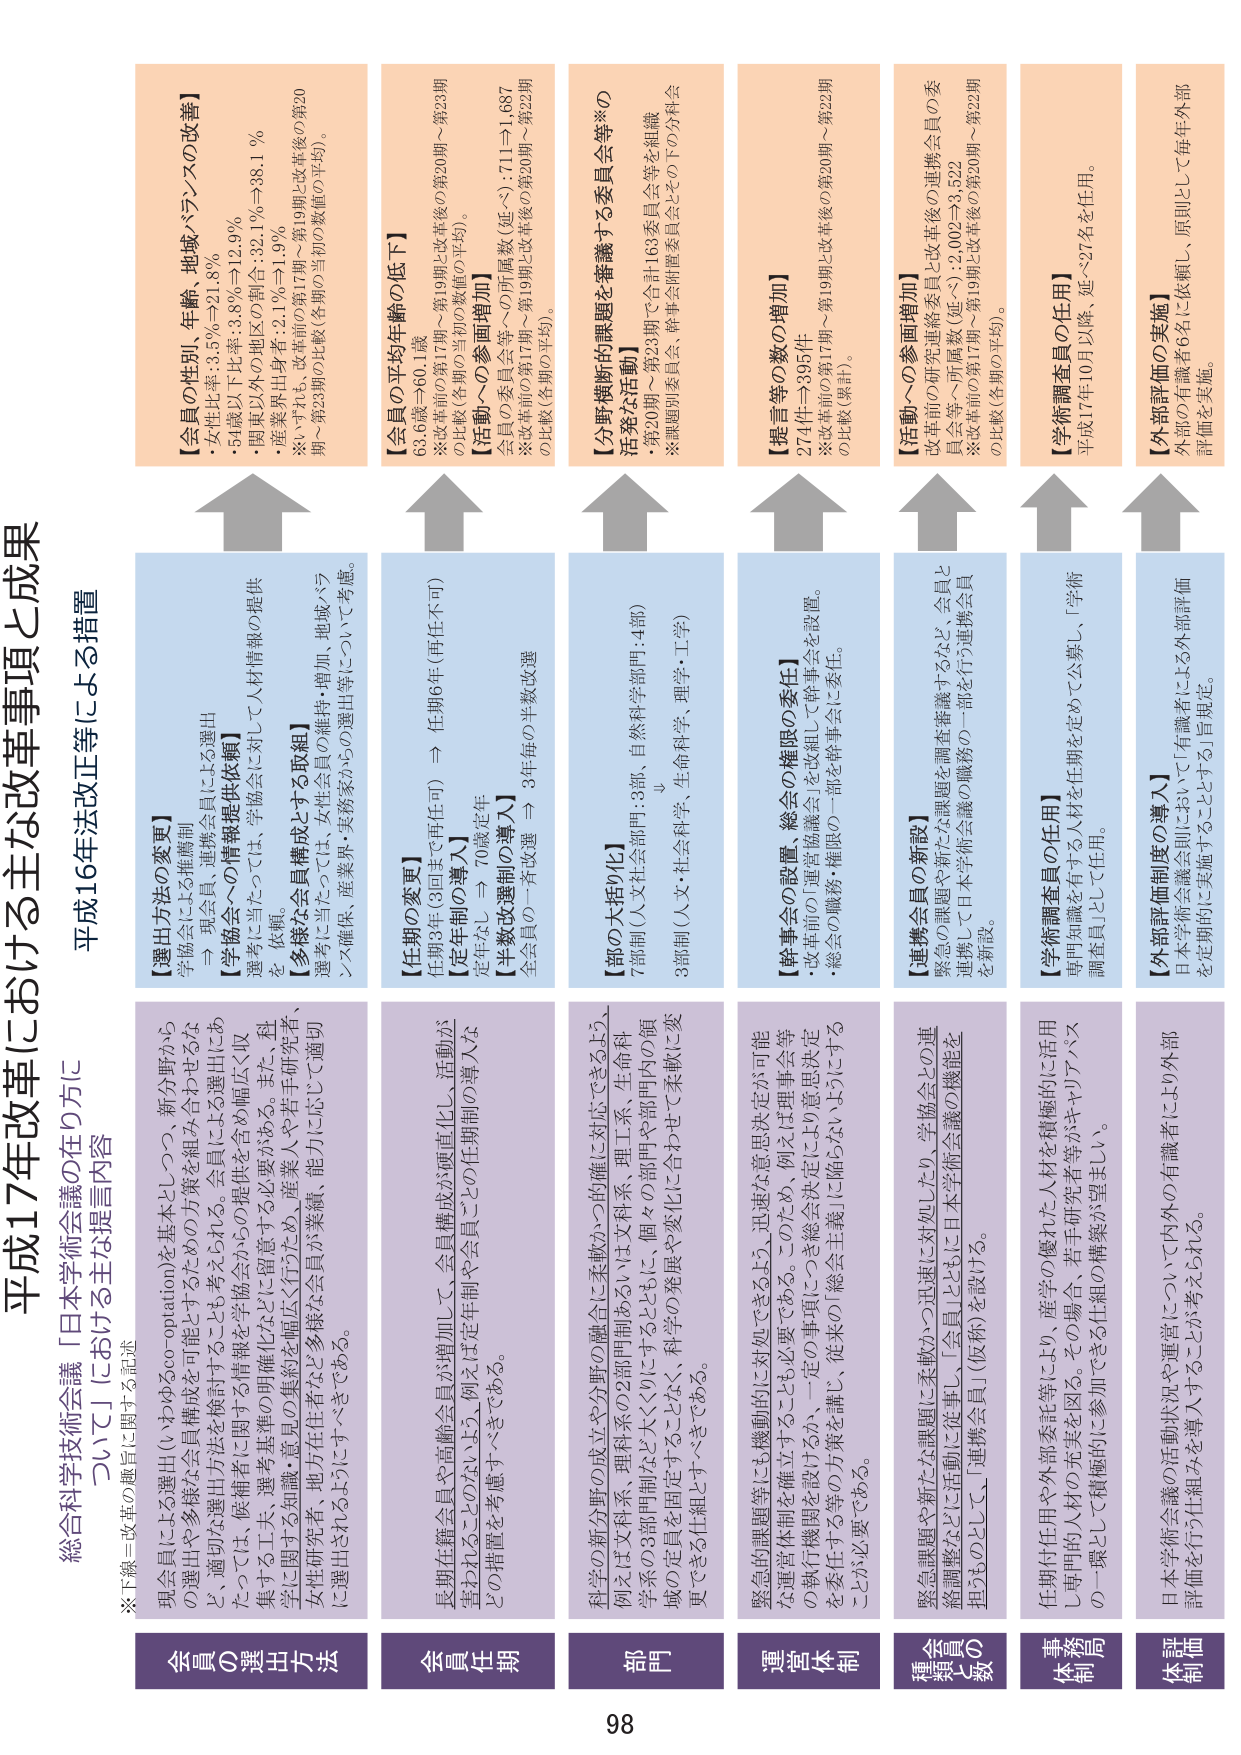
平成17年改革における主な改革事項と成果

総合科学技術会議「日本学術会議の在り方について」における主な提言内容
※下線＝改革の趣旨に関する記述

平成16年法改正等による措置

会員の選出方法
現会員による選出（いわゆるco-optation）を基本としつつ、新分野から
の選出や多様な会員を構成するための方策を組み合わせるな
ど、適切な選出方法を検討することも考えられる。会員による選出にあ
たっては、候補者に関する情報を学協会からの提供を含め幅広く収
集する工夫、選考基準の明確化などに留意する必要がある。また、科
学に関する知識、意見の共有などの集約を幅広く行うため、産業ハヤ若手研究者、
女性研究者、地方住民などの多様な会員が業種、能力に応じて適切
に選出されるようにすべきである。

【選出方法の変更】
学協会による推薦制
→ 現会員、連携会員による選出
【学協会への情報提供依頼】
選考に当たっては、学協会に対して人材情報の提供
を依頼。
【多様な会員構成とする取組】
選考に当たっては、女性会員の維持・増加、地域ハラ
ンス確保、産業界・実務家からの選出等について考慮。

会員の任期
長期在籍会員や高齢会員が増加して、会員構成が硬直化し、活動が
歪まれることのないよう、例えば定年制や会員ごとの任期制の導入な
どの措置を考慮すべきである。

【任期の変更】
任期3年（3回まで再任可） → 任期6年（再任不可）
【定年制の導入】
定年75歳 → 70歳定年
【半数改選制の導入】
全会員の一斉改選 → 3年毎の半数改選

部門
科学の新分野の成立や分野の融合に柔軟かつ的確に対応できるよう、
例えば文科系、理科系の2部門制あるいは文科系、理工系、生命科
学系の3部門制など大きく分けるとともに、個々の部門や部門内の領
域の定員を固定することなく、科学の発展や変化に合わせて柔軟に変
更できる仕組みとするべきである。

【部の大括り化】
7部門（人文社会科学門：3部、自然科学門：4部）
↓
3部門（人文・社会科学、生命科学、理学・工学）

運営体制
緊急的課題等にも機動的に対処できるよう、迅速な意思決定が可能
な運営体制を確立することも必要である。このため、例えば理事会等
の執行機関を設けるか、一定の事項につき総会決定により意思決定
を委任する等の方策を講じ、従来の「総会主義」に頼らないようにする
ことが必要である。

【幹事会の設置、総会の機能の委任】
・改革前の「運営協議会」を改組して幹事会を設置。
・総会の職務・権限の一部を幹事会に委任。

種類会員数の増加
緊急的課題や新たな課題に柔軟かつ迅速に対処したり、学協会との連
絡調整などに活動に従事し、「会員」とはに日本学術会議の機能を
担うものとして、「連携会員」（仮称）を設ける。

【連携会員の新設】
緊急的課題や新たな課題を調査審議するなど、会員と
連携して日本学術会議の職務の一部を行う連携会員
を新設。

事務体制
任期付任用や外部委託等により、産学の優れた人材を積極的に活用
し専門的人材の充実を図る。その場合、若手研究者等がキャリアパス
の一環として積極的に参加できる仕組の構築が望ましい。

【学術調査員の任用】
専門知識を有する人材を任期を定めて公募し、「学術
調査員」として任用。

体制評価
日本学術会議の活動状況や運営について内外の有識者により外部
評価を行う仕組みを導入することが考えられる。

【外部評価制度の導入】
日本学術会議会則において「有識者による外部評価
を定期的に実施することとする」と規定。

【会員の性別、年齢、地域バランスの改善】
・女性比率：35％→21.8％
・関東以外の地区の割合：32.1％→12.9％
・産業界出身者：2.1％→38.1％
※いずれも、改革前の第17期～第19期と改革後の第20
期～第23期の比較（各期の当初の数値の平均）。

【会員の平均年齢の低下】
63.6歳→60.1歳
※改革前の第17期～第19期と改革後の第20期～第23期
の比較（各期の当初の数値の平均）。
【会員への参画増加】
会員の委員会等への所属数（延べ）：711→1,687
※改革前の第17期～第19期と改革後の第20期～第23期
の比較（各期の平均）。

【分野横断的課題を審議する委員会等※の
活発な活動】
・第20期～第23期で合計163委員会等を組織
※課題別委員会、幹事会附属委員会とその下の分科会

【提言等の数の増加】
274件→395件
※改革前の第17期～第19期と改革後の第20期～第23期
の比較（累計）。

【活動への参画増加】
改革前の研究連絡委員会等への所属数（延べ）：2,092→3,522
※改革前の第17期～第19期と改革後の第20期～第23期
の比較（各期の平均）。

【学術調査員の任用】
平成17年10月以降、延べ27名を任用。

【外部評価の実施】
外部の有識者6名に依頼し、原則として毎年外部
評価を実施。

98